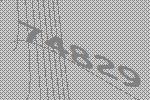
74829